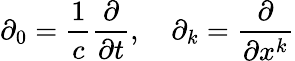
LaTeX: \partial_{0}={\frac{1}{c}}{\frac{\partial}{\partial t}},\quad\partial_{k}={\frac{\partial}{\partial{x^{k}}}}